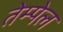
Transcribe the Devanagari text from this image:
तेम्पेल